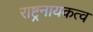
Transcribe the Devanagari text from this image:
राष्ट्रनायकत्व